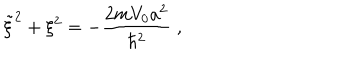
\tilde { \xi } ^ { 2 } + \xi ^ { 2 } = - \frac { 2 m V _ { 0 } a ^ { 2 } } { \hbar ^ { 2 } } \; ,